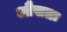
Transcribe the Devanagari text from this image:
औसतः